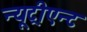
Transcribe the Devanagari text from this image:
न्यूट्रीएन्ट